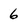
Character: 6